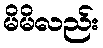
မိမိလည်း